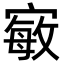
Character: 𭔍